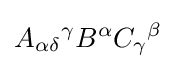
A_{\alpha \delta }{}^{\gamma }B^{\alpha }C_{\gamma }{}^{\beta }